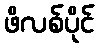
ဖိလစ်ပိုင်